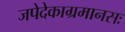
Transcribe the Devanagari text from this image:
जपेदेकाग्रमानसः